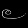
Digit: ၉